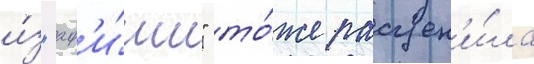
и́з "аф'и́ши" то́же расцен'и́ла